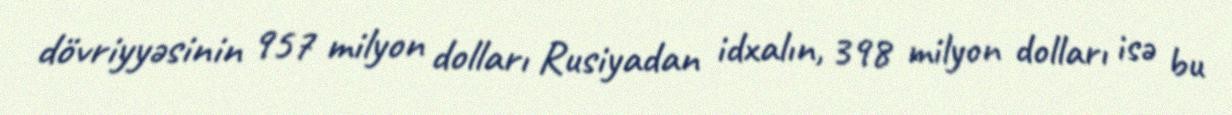
dövriyyəsinin 957 milyon dolları Rusiyadan idxalın, 398 milyon dolları isə bu